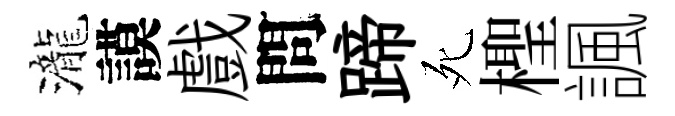
瀧謨戲問蹄死檉諷